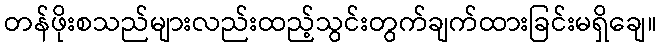
တန်ဖိုးစသည်များလည်းထည့်သွင်းတွက်ချက်ထားခြင်းမရှိချေ။